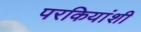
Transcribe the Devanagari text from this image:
परकियांशी